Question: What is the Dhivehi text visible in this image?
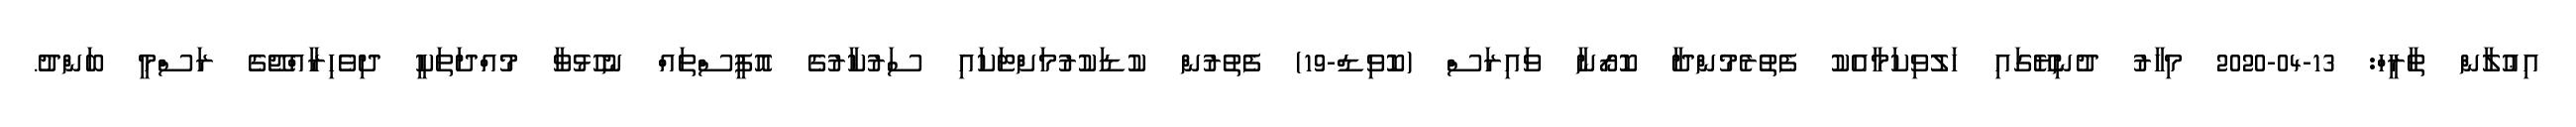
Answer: އިޢުލާން ތާރީހް: 13-04-2020 މިހާރު ދުނިޔޭގައި ހަލުވިކަމާއެކު ފެތުރެމުންދާ ކޮރޯނާ ވައިރަސް (ކޮވިޑް-19) ފެތުރުން ކުޑަކުރުމަށްޓަކައި ސަރުކާރުގެ އޮފީސްތައް ނުހުޅުވާ މުއްދަތަކީ ދިވެހިރާއްޖޭގެ ރަސްމީ ބަންދު.